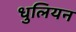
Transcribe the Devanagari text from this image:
धुलियन